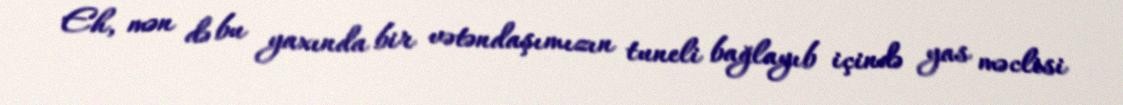
Eh, mən də bu yaxında bir vətəndaşımızın tuneli bağlayıb içində yas məclisi